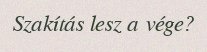
Szakítás lesz a vége?